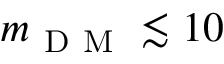
m _ { \mathrm { ~ D ~ M ~ } } \lesssim 1 0